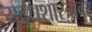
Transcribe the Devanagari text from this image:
युद्धशास्त्रावर